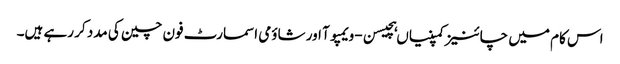
اس کام میں چائنیز کمپنیاں ہچیسن-ویمپوآ اور شاؤمی اسمارٹ فون چین کی مدد کر رہے ہیں۔